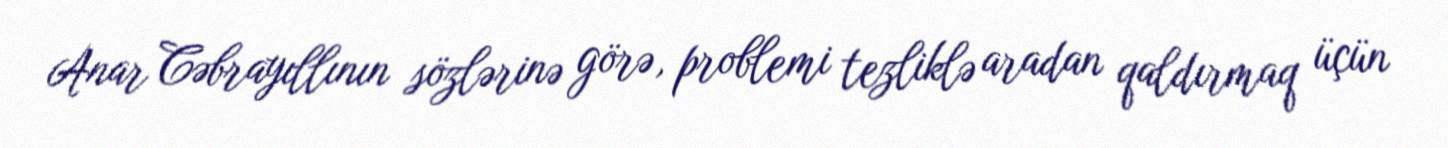
Anar Cəbrayıllının sözlərinə görə, problemi tezliklə aradan qaldırmaq üçün